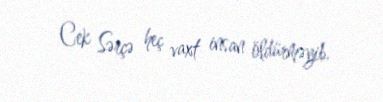
Cek Sərçə heç vaxt insan öldürməyib.